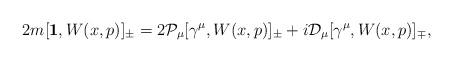
LaTeX: \begin{align*} 2m [{\bf 1}, W(x,p)]_\pm = 2 {\mathcal P}_\mu [ \gamma^\mu , W(x,p)]_\pm + i{\mathcal D}_\mu [\gamma^\mu , W(x,p)]_\mp ,\end{align*}